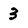
Character: 3